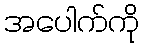
အပေါက်ကို